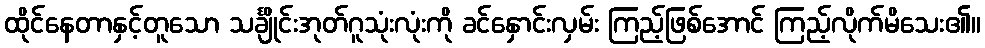
ထိုင်နေတာနှင့်တူသော သင်္ချိုင်းအုတ်ဂူသုံးလုံးကို ခင်နှောင်းလှမ်း ကြည့်ဖြစ်အောင် ကြည့်လိုက်မိသေး၏။